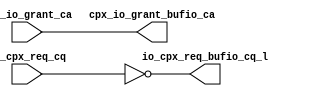
module cpx_buf_io(/*AUTOARG*/
   // Outputs
   cpx_io_grant_bufio_ca, io_cpx_req_bufio_cq_l, 
   // Inputs
   cpx_io_grant_ca, io_cpx_req_cq
   );
   output [7:0]         cpx_io_grant_bufio_ca;
   output [7:0]		io_cpx_req_bufio_cq_l;	

   

   input [7:0]          cpx_io_grant_ca;
   input [7:0]		io_cpx_req_cq;	

   
   assign               cpx_io_grant_bufio_ca    =  cpx_io_grant_ca;
   assign		io_cpx_req_bufio_cq_l    =  ~io_cpx_req_cq;


endmodule